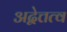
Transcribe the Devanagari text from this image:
अद्वेत्तत्व